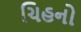
ચિહનો